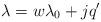
LaTeX: \begin{gather*} \lambda = w\lambda_0 + jq' \end{gather*}